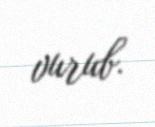
vurub.